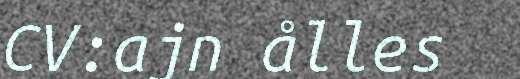
CV:ajn ålles